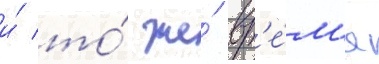
и́ то́ же́ вр'е́м'я